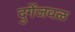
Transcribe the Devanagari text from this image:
दुर्गेजवळ